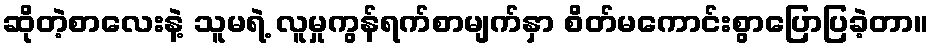
ဆိုတဲ့စာလေးနဲ့ သူမရဲ့ လူမှုကွန်ရက်စာမျက်နှာ စိတ်မကောင်းစွာပြောပြခဲ့တာ။